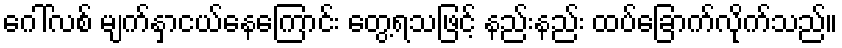
ဂေါ်လစ် မျက်နှာငယ်နေကြောင်း တွေ့ရသဖြင့် နည်းနည်း ထပ်ခြောက်လိုက်သည်။